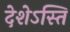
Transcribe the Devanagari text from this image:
देशेऽस्ति